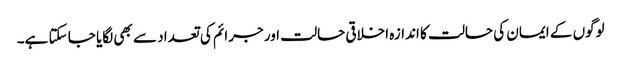
لوگوں کے ایمان کی حالت کا اندازہ اخلاقی حالت اور جرائم کی تعداد سے بھی لگایا جا سکتا ہے۔